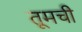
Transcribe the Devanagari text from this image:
तूमची